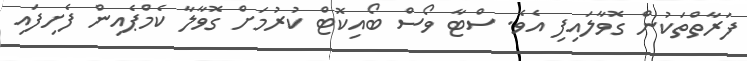
ފަރާތްތަކުން ގޮވާލައިފި އެވެ. ސްޓާ ވޯސް ބޯއިކޮޓް ކުރުމަށް ގޮވާލާ ކެމްޕެއިން ފެށިފައި